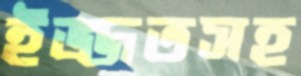
ইজ্জতসহ